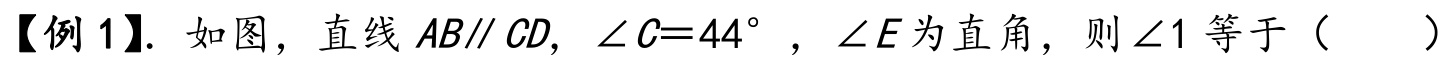
【例 1】. 如图，直线\(AB\parallel CD\)，\(\angle C = 44^{\circ}\)，\(\angle E\)为直角，则\(\angle 1\)等于（  ）